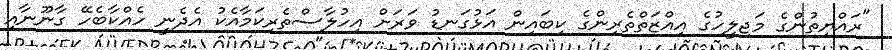
"ރައްޔިތުންގެ މަޖިލީހުގެ އިއްޒަތްތެރިންގެ ކިބައިން އަޅުގަނޑު ވަރަށް އިހުލާސްތެރިކަމާއެކު އެދެނީ ހެއްކާބެހޭ ގާނޫނާއި